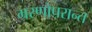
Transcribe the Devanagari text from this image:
म्ररणोपरान्त